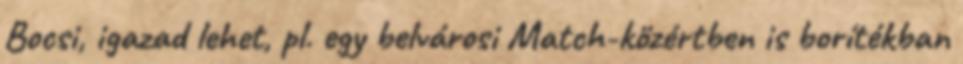
Bocsi, igazad lehet, pl. egy belvárosi Match-közértben is borítékban